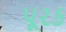
પૂરક